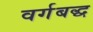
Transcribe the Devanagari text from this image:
वर्गबद्ध